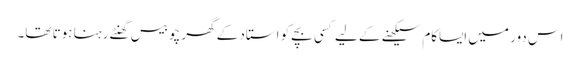
اس دور میں ایساکام سیکھنے کے لیے کسی بچے کو استاد کے گھر چوبیس گھنٹے رہنا ہوتا تھا۔